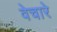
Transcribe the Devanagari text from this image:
वेचारे